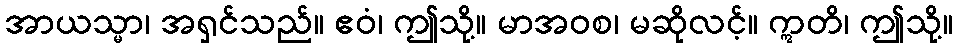
အာယသ္မာ၊ အရှင်သည်။ ဧဝံ၊ ဤသို့။ မာအဝစ၊ မဆိုလင့်။ ဣတိ၊ ဤသို့။